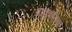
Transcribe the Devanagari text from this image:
प्राकृइतिक